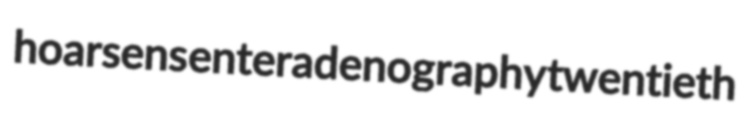
hoarsens enteradenography twentieth